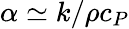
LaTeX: \alpha\simeq{k}/{\rho c_{P}}